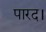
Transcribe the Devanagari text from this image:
पारद।